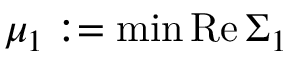
\mu _ { 1 } : = \operatorname* { m i n } \mathrm { R e } \, \Sigma _ { 1 }